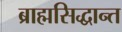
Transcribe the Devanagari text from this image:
ब्राह्मसिद्धान्त